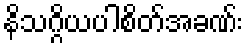
နိသဂ္ဂိယပါစိတ်အခဏ်း